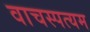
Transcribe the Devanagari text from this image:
वाचस्पत्यम